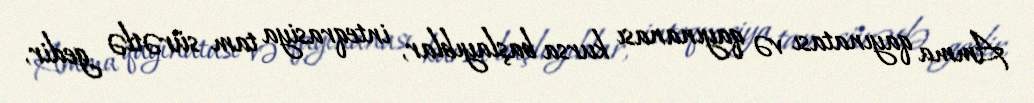
Amma qayınatası və qayınanası kursa başlayıblar, inteqrasiya tam sürətlə gedir,